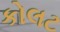
કોલટ